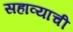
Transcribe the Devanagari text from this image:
सहाव्याची